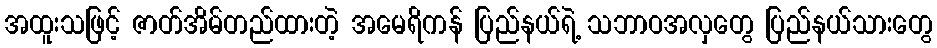
အထူးသဖြင့် ဇာတ်အိမ်တည်ထားတဲ့ အမေရိကန် ပြည်နယ်ရဲ့ သဘာဝအလှတွေ ပြည်နယ်သားတွေ